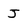
Character: J